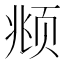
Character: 𫖯